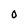
Character: O